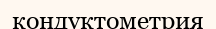
кондуктометрия